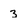
Character: 3